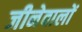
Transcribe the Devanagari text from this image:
जीनेवालों